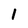
Character: 1